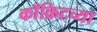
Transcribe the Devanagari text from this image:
काँक्रिटच्या